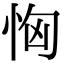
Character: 恟